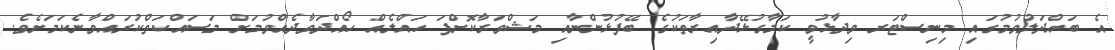
އެ ބައްދަލުވުމުގައި މިނިސްޓަރ ވިދާޅުވީ ކަމާގުޅޭދާއިރާތަކުގެ ބޭފުޅުންނާއި މަޝްވަރާކޮށްފަ ހައްލެއް ހޯއްދަވާދެއްވުމަށް މަސައްކަތްކުރައްވާނެކަމަށެވެ.